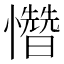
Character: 㦧